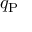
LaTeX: q _ { \mathrm { P } }